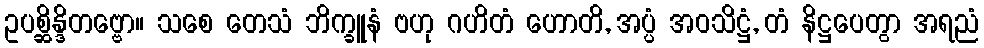
ဥပစ္ဆိန္ဒိတဗ္ဗော။ သစေ တေသံ ဘိက္ခူနံ ဗဟု ဂဟိတံ ဟောတိ, အပ္ပံ အဝသိဋ္ဌံ, တံ နိဋ္ဌပေတွာ အရညံ